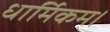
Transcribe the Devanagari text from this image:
धार्मिकम्‌।